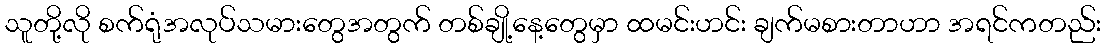
သူတို့လို စက်ရုံအလုပ်သမားတွေအတွက် တစ်ချို့နေ့တွေမှာ ထမင်းဟင်း ချက်မစားတာဟာ အရင်ကတည်း